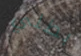
بطلي